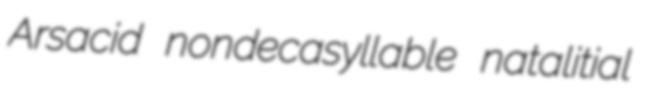
Arsacid nondecasyllable natalitial